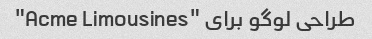
طراحی لوگو برای "Acme Limousines"